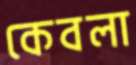
কেবলা